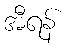
အီရန်